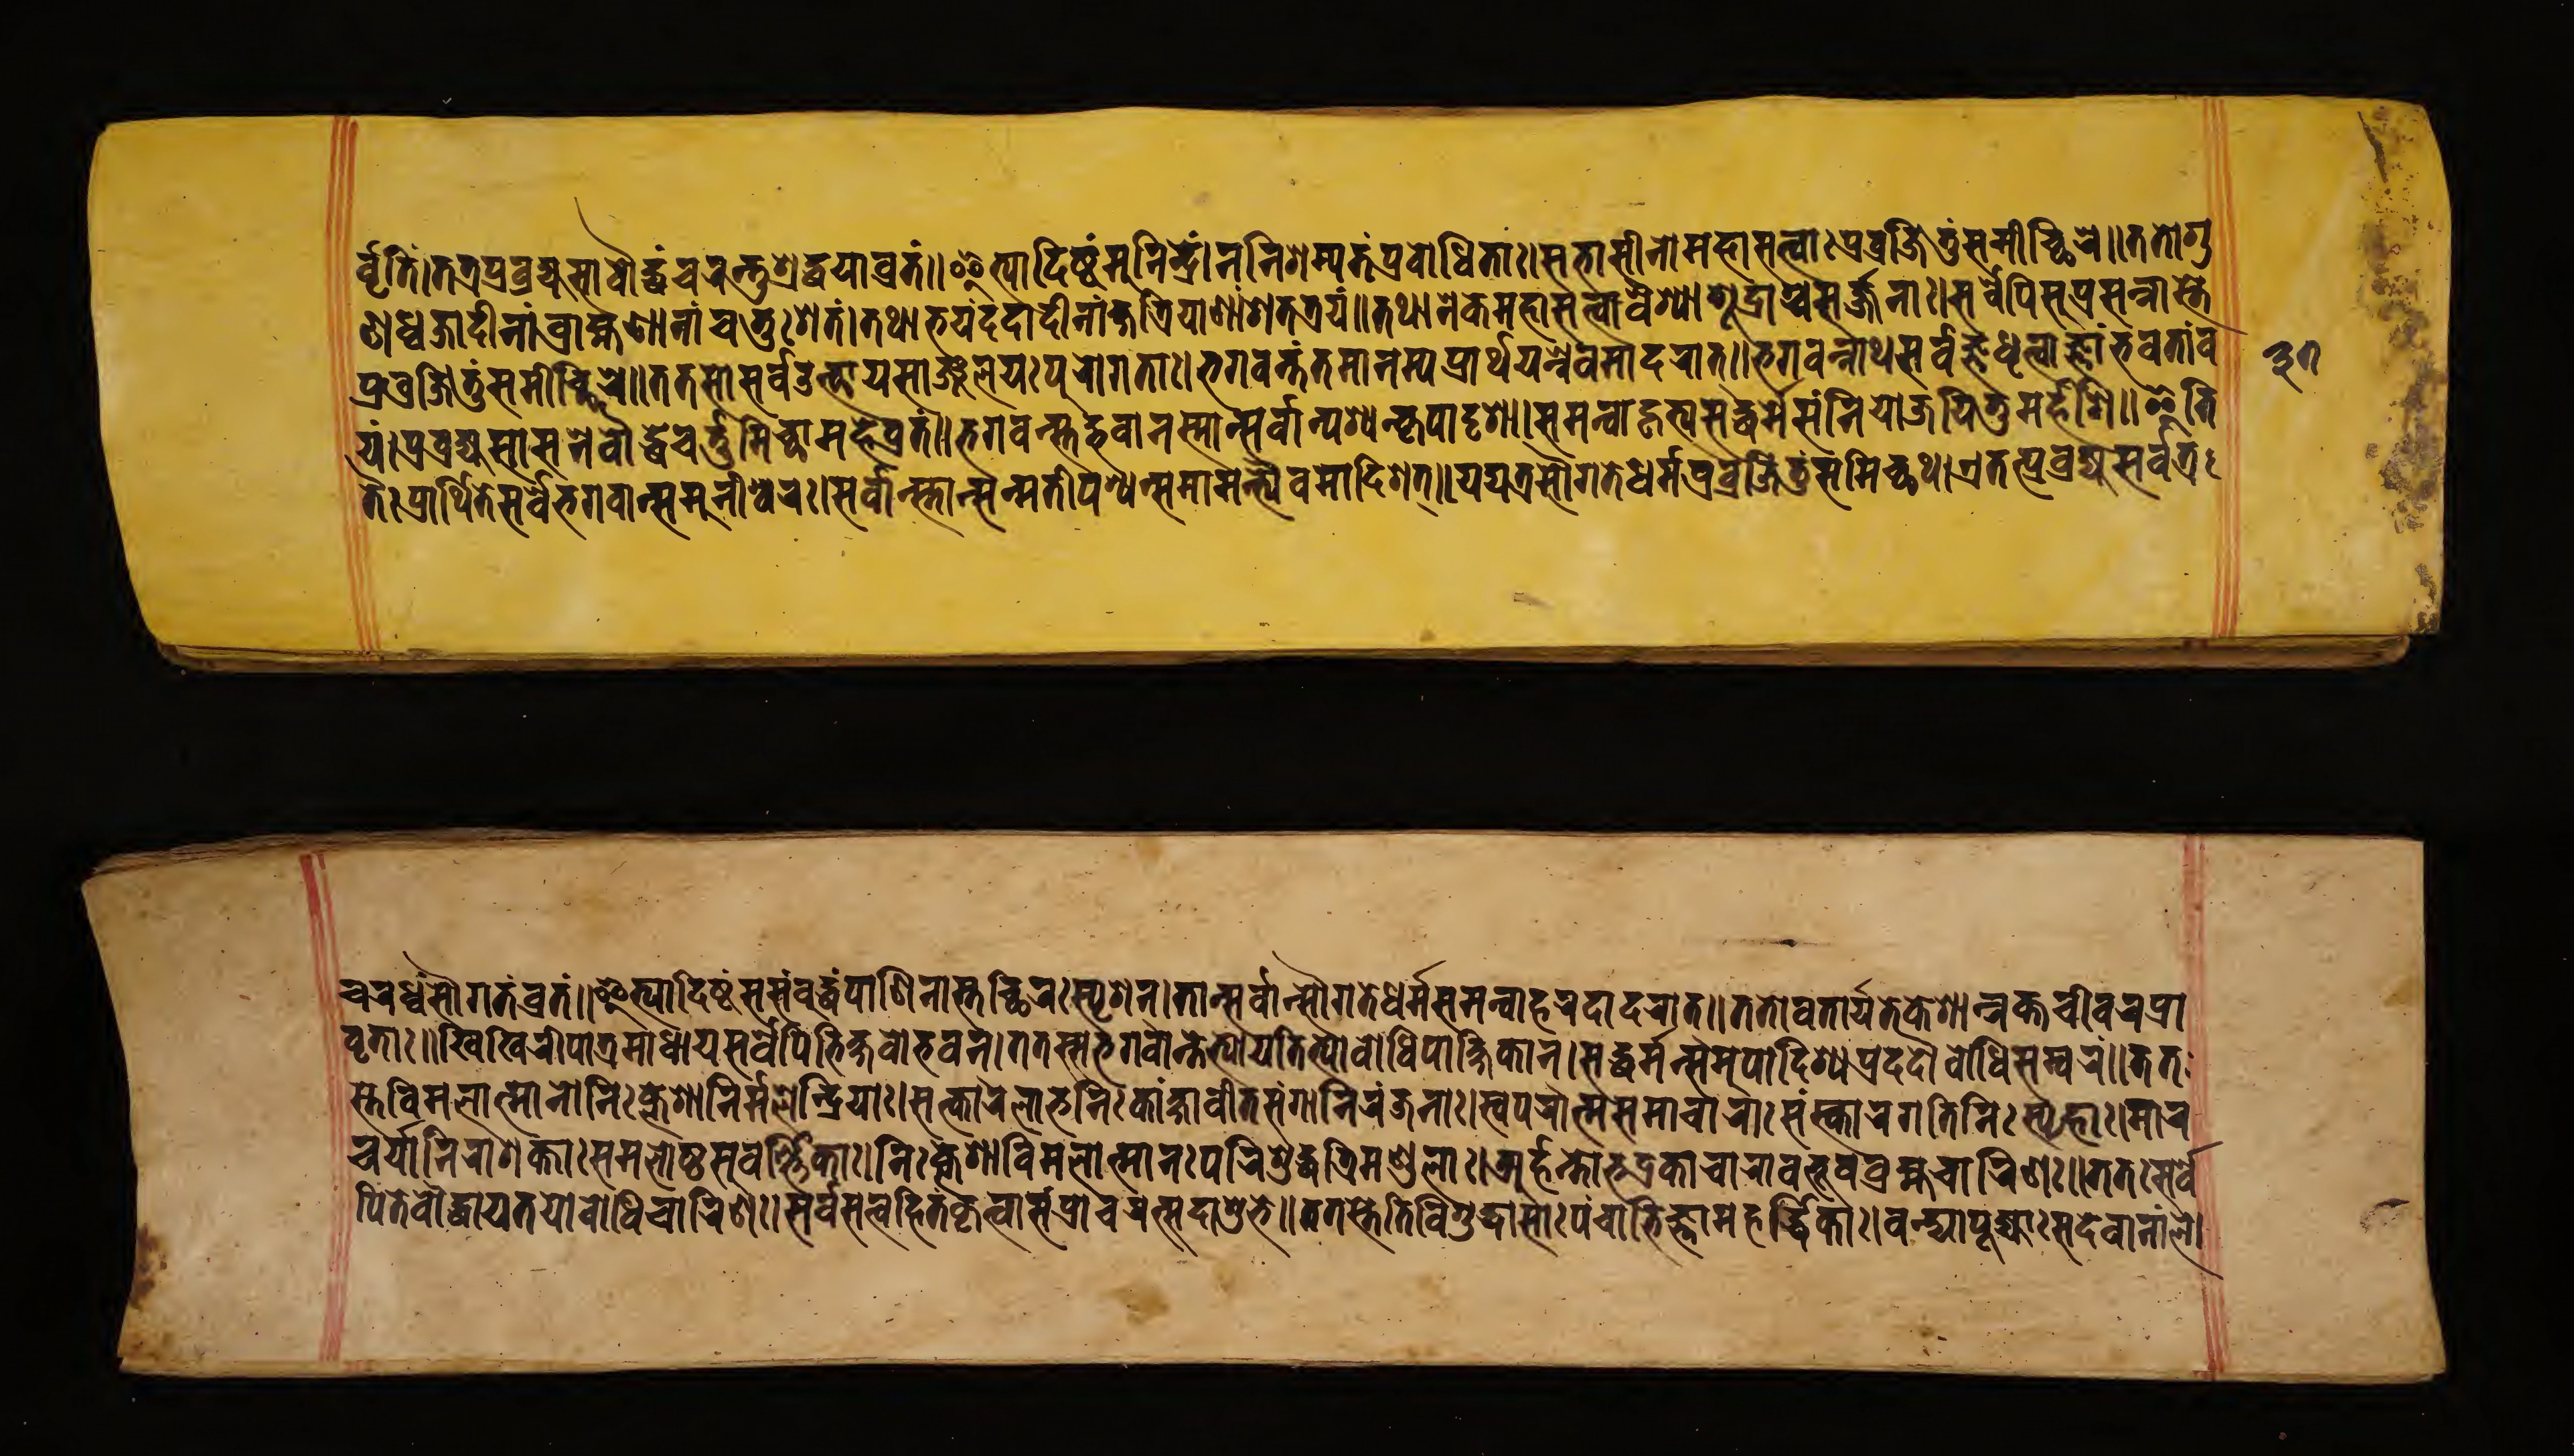
𑐬𑑂𑐰𑐺𑐟𑐶𑑄।𑐟𑐟𑑂𑐬𑐥𑑂𑐬𑐰𑑂𑐬𑐖𑑂𑐫𑐵𑐳𑐵𑐣𑑂𑐧𑑁𑐡𑑂𑐢𑑄𑐔𑐬𑐣𑑂𑐟𑐸𑐱𑑂𑐬𑐡𑑂𑐢𑐫𑐵𑐰𑑂𑐬𑐟𑑄॥𑐂𑐟𑑂𑐫𑐵𑐡𑐶𑐲𑑂𑐚𑑄𑐩𑐸𑐣𑐷𑐣𑑂𑐡𑑂𑐬𑐾𑐞𑐣𑐶𑐱𑐩𑑂𑐫𑐟𑐾𑐥𑑂𑐬𑐰𑑀𑐢𑐶𑐟𑐵𑑅।𑐳𑐨𑐵𑐳𑐷𑐣𑐵𑐩𑐴𑐵𑐳𑐟𑑂𑐟𑑂𑐰𑐵𑑅𑐥𑑂𑐬𑐰𑑂𑐬𑐖𑐶𑐣𑑂𑐟𑐸𑐳𑐩𑐷𑐕𑐶𑐬𑐾॥𑐟𑐟𑑀𑐐𑐸 𑐞𑐢𑑂𑐰𑐖𑐵𑐡𑐷𑐣𑐵𑑄𑐧𑑂𑐬𑐵𑐴𑑂𑐩𑐞𑐵𑐣𑐵𑑄𑐔𑐟𑐸𑑅𑐱𑐟𑑄।𑐟𑐠𑐵𑐨𑐫𑑄𑐡𑐡𑐵𑐣𑐵𑐩𑐎𑑂𑐲𑐟𑑂𑐬𑐶𑐫𑐵𑐞𑐵𑑄𑐱𑐟𑐟𑑂𑐬𑐫𑑄॥𑐟𑐠𑐵𑐣𑐾𑐎𑐩𑐴𑐵𑐳𑐟𑑂𑐟𑑂𑐰𑐵𑐰𑐿𑐱𑑂𑐫𑐵𑐱𑐹𑐡𑑂𑐬𑐵𑐱𑑂𑐔𑐳𑐖𑑂𑐖𑐣𑐵𑑅।𑐳𑐬𑑂𑐰𑐾𑐥𑐶𑐳𑐸𑐥𑑂𑐬𑐳𑐣𑑂𑐣𑐵𑐳𑑂𑐟𑐾 𑐫𑑄।𑐥𑑂𑐬𑐰𑑂𑐬𑐖𑑂𑐫𑐱𑐵𑐳𑐣𑐧𑑁𑐡𑑂𑐢𑐾𑐔𑐬𑑂𑐟𑐸𑐩𑐶𑐕𑐵𑐩𑐴𑐾𑐰𑑂𑐬𑐟𑑄॥𑐨𑐐𑐰𑐣𑑂𑐳𑑂𑐟𑐨𑐰𑐵𑐣𑐳𑑂𑐩𑐵𑐣𑑂𑐳𑐬𑑂𑐰𑐵𑐣𑑂𑐥𑐱𑑂𑐫𑐣𑑂𑐎𑐺𑐥𑐵𑐡𑐺𑐱𑐵।𑐳𑐩𑐣𑑂𑐰𑐵𑐐𑐟𑑂𑐫𑐳𑐡𑑂𑐢𑐬𑑂𑐩𑑂𑐩𑐣𑐶𑐫𑑀𑐖𑐫𑐶𑐟𑐸𑐩𑐬𑑂𑐴𑐟𑐶॥𑐂𑐟𑐶 𑐟𑐿𑑅𑐥𑑂𑐬𑐵𑐬𑑂𑐠𑐶𑐟𑐾𑐳𑐬𑑂𑐰𑐿𑐬𑑂𑐨𑐐𑐰𑐵𑐣𑑂𑐳𑐩𑐸𑐣𑐷𑐱𑑂𑐰𑐬𑑅।𑐳𑐬𑑂𑐰𑐵𑐣𑑂𑐳𑑂𑐟𑐵𑐣𑑂𑐳𑐣𑑂𑐩𑐟𑐶𑐣𑑂𑐥𑐱𑑂𑐫𑐣𑑂𑐳𑐩𑐵𑐩𑐣𑑂𑐨𑑂𑐫𑐿𑐰𑐩𑐵𑐡𑐶𑐱𑐟𑑂॥𑐫𑐡𑑂𑐫𑐟𑑂𑐬𑐳𑑁𑐐𑐟𑐾𑐢𑐬𑑂𑐩𑑂𑐩𑐥𑑂𑐬𑐰𑑂𑐬𑐖𑐶𑐟𑐸𑑄𑐳𑐩𑐷𑐔𑑂𑐕𑐠।𑐊𑐟𑐟𑑂𑐥𑑂𑐬𑐰𑑂𑐬𑐖𑑂𑐫𑐳𑐬𑑂𑐰𑐟𑑂𑐬 𑐔𑐬𑐢𑑂𑐰𑑄𑐳𑑁𑐐𑐟𑑄𑐰𑑂𑐬𑐟𑑄॥𑐂𑐟𑑂𑐫𑐵𑐡𑐶𑐱𑑂𑐫𑐳𑐳𑑄𑐧𑐸𑐡𑑂𑐢𑑅𑐥𑐵𑐞𑐶𑐣𑐵𑐟𑐔𑑂𑐕𑐶𑐬𑑅𑐳𑑂𑐥𑐺𑐱𑐣𑑂।𑐟𑐵𑐣𑑂𑐳𑐬𑑂𑐰𑐵𑐣𑑂𑐳𑑁𑐐𑐟𑐾𑐢𑐬𑑂𑐩𑐾𑐳𑐩𑐣𑑂𑐰𑐵𑐴𑐬𑐡𑐵𑐡𑐬𑐵𑐟𑑂॥𑐟𑐟𑑀𑐰𑐟𑐵𑐬𑑂𑐫𑐟𑐾𑐎𑐾𑐱𑐵𑐣𑑂𑐬𑐎𑑂𑐟𑐔𑐷𑐰𑐬𑐥𑑂𑐬𑐵 𑐰𑐺𑐟𑐵𑑅॥𑐏𑐶𑐏𑐶𑐬𑐷𑐥𑐵𑐟𑑂𑐬𑐩𑐵𑐢𑐵𑐫𑐳𑐬𑑂𑐰𑐾𑐥𑐶𑐨𑐶𑐎𑑂𑐲𑐸𑐰𑑀𑐨𑐰𑐣𑑂।𑐟𑐟𑑅𑐳𑐨𑐐𑐰𑐵𑐣𑑂𑐟𑐾𑐨𑑂𑐫𑑀𑑅𑐫𑐟𑐶𑐨𑑂𑐫𑑀𑐳𑑄𑐩𑑂𑐫𑐎𑑂𑐳𑑄𑐧𑑀𑐢𑐶𑐥𑐵𑐎𑑂𑐲𑐶𑐎𑐵𑐣𑑂।𑐳𑐡𑑂𑐢𑐬𑑂𑐩𑑂𑐩𑐵𑐣𑑂𑐳𑐩𑐸𑐥𑐵𑐡𑐶𑐱𑑂𑐫𑐥𑑂𑐬𑐡𑐡𑑁𑐧𑑀𑐢𑐶𑐳𑐩𑑂𑐰𑐬𑑄॥𑐟𑐟 𑐳𑑂𑐟𑐾𑐰𑐶𑐩𑐮𑐵𑐟𑑂𑐩𑐵𑐣𑑀𑐣𑐶𑑅𑐎𑑂𑐮𑐾𑐱𑐵𑐰𑐶𑐩𑐮𑐾𑐣𑑂𑐡𑑂𑐬𑐶𑐫𑐵𑑅।𑐳𑐟𑑂𑐎𑐵𑐬𑑄𑐮𑐵𑐨𑐣𑐶𑑅𑐎𑐵𑑄𑐎𑑂𑐲𑐵𑐰𑐷𑐟𑐳𑑄𑐐𑐵𑐣𑐶𑐬𑑄𑐖𑐣𑐵𑑅।𑐳𑑂𑐰𑐥𑐬𑐵𑐟𑑂𑐩𑐳𑐩𑐵𑐔𑐵𑐬𑐵𑑅𑐳𑑄𑐳𑐵𑐬𑐐𑐟𑐶𑐣𑐶𑑅𑐳𑑂𑐥𑐺𑐴𑐵𑑅।𑐩𑐵𑐬 𑐔𑐬𑑂𑐫𑐵𑐣𑐶𑐬𑐵𑐳𑐎𑑂𑐟𑐵𑑅𑐳𑐩𑐮𑑀𑐲𑑂𑐚𑐳𑐸𑐰𑐬𑑂𑐞𑑂𑐞𑐶𑐎𑐵𑑅।𑐎𑑂𑐮𑐾𑐱𑐵𑐣𑐶𑐬𑑂𑐩𑐮𑐵𑐟𑑂𑐩𑐵𑐣𑑀𑐥𑐬𑐶𑐱𑐸𑐡𑑂𑐢𑐟𑑂𑐬𑐶𑐩𑐞𑑂𑐜𑐮𑐵𑑅।𑐀𑐬𑑂𑐴𑐣𑑂𑐟𑐨𑐡𑑂𑐬𑐎𑐵𑐔𑐵𑐬𑐵𑐧𑐨𑐸𑐧𑐸𑐧𑑂𑐬𑐴𑑂𑐩𑐔𑐵𑐬𑐶𑐞𑑅॥𑐟𑐟𑐳𑑂𑐳𑐬𑑂𑐰𑐾 𑐥𑑂𑐬𑐰𑑂𑐬𑐖𑐶𑐟𑐸𑑄𑐳𑐩𑐷𑐔𑑂𑐕𑐶𑐬𑐾॥𑐟𑐟𑐳𑑂𑐟𑐾𑐳𑐬𑑂𑐰𑑁𑐟𑑂𑐠𑐵𑐫𑐳𑐵𑐘𑑂𑐖𑐮𑐫𑑅𑐥𑐸𑐬𑐵𑐐𑐟𑐵𑑅।𑐨𑐐𑐰𑐣𑑂𑐟𑑄𑐟𑐩𑐵𑐣𑐩𑑂𑐫𑐥𑑂𑐬𑐵𑐬𑑂𑐠𑐫𑐣𑑂𑐣𑐾𑐰𑐩𑐵𑐡𑐬𑐵𑐟𑑂॥𑐨𑐐𑐰𑐣𑑂𑐣𑐵𑐠𑐳𑐬𑑂𑐰𑐖𑑂𑐘𑐢𑐺𑐟𑑂𑐰𑐵𑐖𑑂𑐘𑐵𑐨𑐰𑐟𑐵𑑄𑐰 𑐥𑐶𑐟𑐾𑐧𑑁𑐡𑑂𑐢𑐵𑐫𑐟𑐫𑑀𑐧𑑀𑐢𑐶𑐔𑐵𑐬𑐶𑐞𑑅।𑐳𑐬𑑂𑐰𑐳𑐟𑑂𑐟𑑂𑐰𑐴𑐶𑐟𑑄𑐎𑐺𑐟𑑂𑐰𑐵𑐳𑑄𑐥𑑂𑐬𑐔𑐵𑐬𑐣𑑂𑐳𑐡𑐵𑐱𑐸𑐨𑐾॥𑐟𑐟𑐳𑑂𑐟𑐾𑐟𑐶𑐰𑐶𑐱𑐸𑐡𑑂𑐢𑐵𑐟𑑂𑐩𑐵𑑅𑐥𑐘𑑂𑐔𑐵𑐨𑐶𑐖𑑂𑐘𑐵𑐩𑐴𑐬𑑂𑐡𑑂𑐢𑐶𑐎𑐵𑑅।𑐰𑐣𑑂𑐡𑑂𑐫𑐵𑑅𑐥𑐹𑐖𑑂𑐫𑐵𑑅𑐳𑐡𑐾𑐰𑐵𑐣𑐵𑑄𑐮𑑀 𑑓𑑗